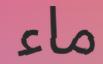
ماء